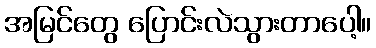
အမြင်တွေ ပြောင်းလဲသွားတာပေါ့။